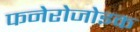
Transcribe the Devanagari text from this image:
फनेरोजोइक